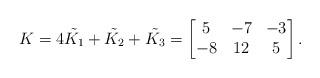
LaTeX: \begin{align*}K= 4\tilde{K_{1}}+ \tilde{K_{2}} +\tilde{K_{3}}= \left[\begin{matrix} 5 & -7 & -3 \\ -8 & 12 & 5 \end{matrix}\right].\end{align*}